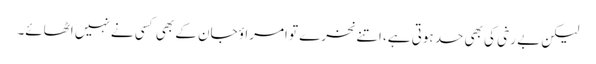
لیکن بے رخی کی بھی حد ہوتی ہے، اتنے نخرے تو امراؤ جان کے بھی کسی نے نہیں اٹھائے۔